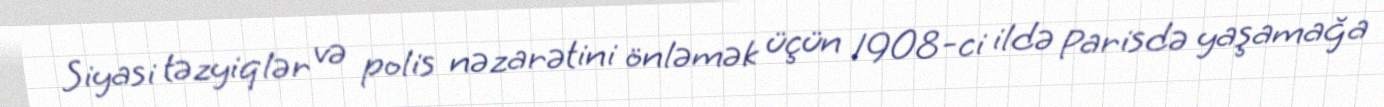
Siyasi təzyiqlər və polis nəzarətini önləmək üçün 1908-ci ildə Parisdə yaşamağa